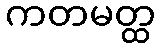
ကတမတ္ထ